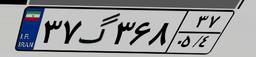
۳۷گ۳۶۸۳۷